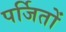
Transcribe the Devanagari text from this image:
पर्जितों